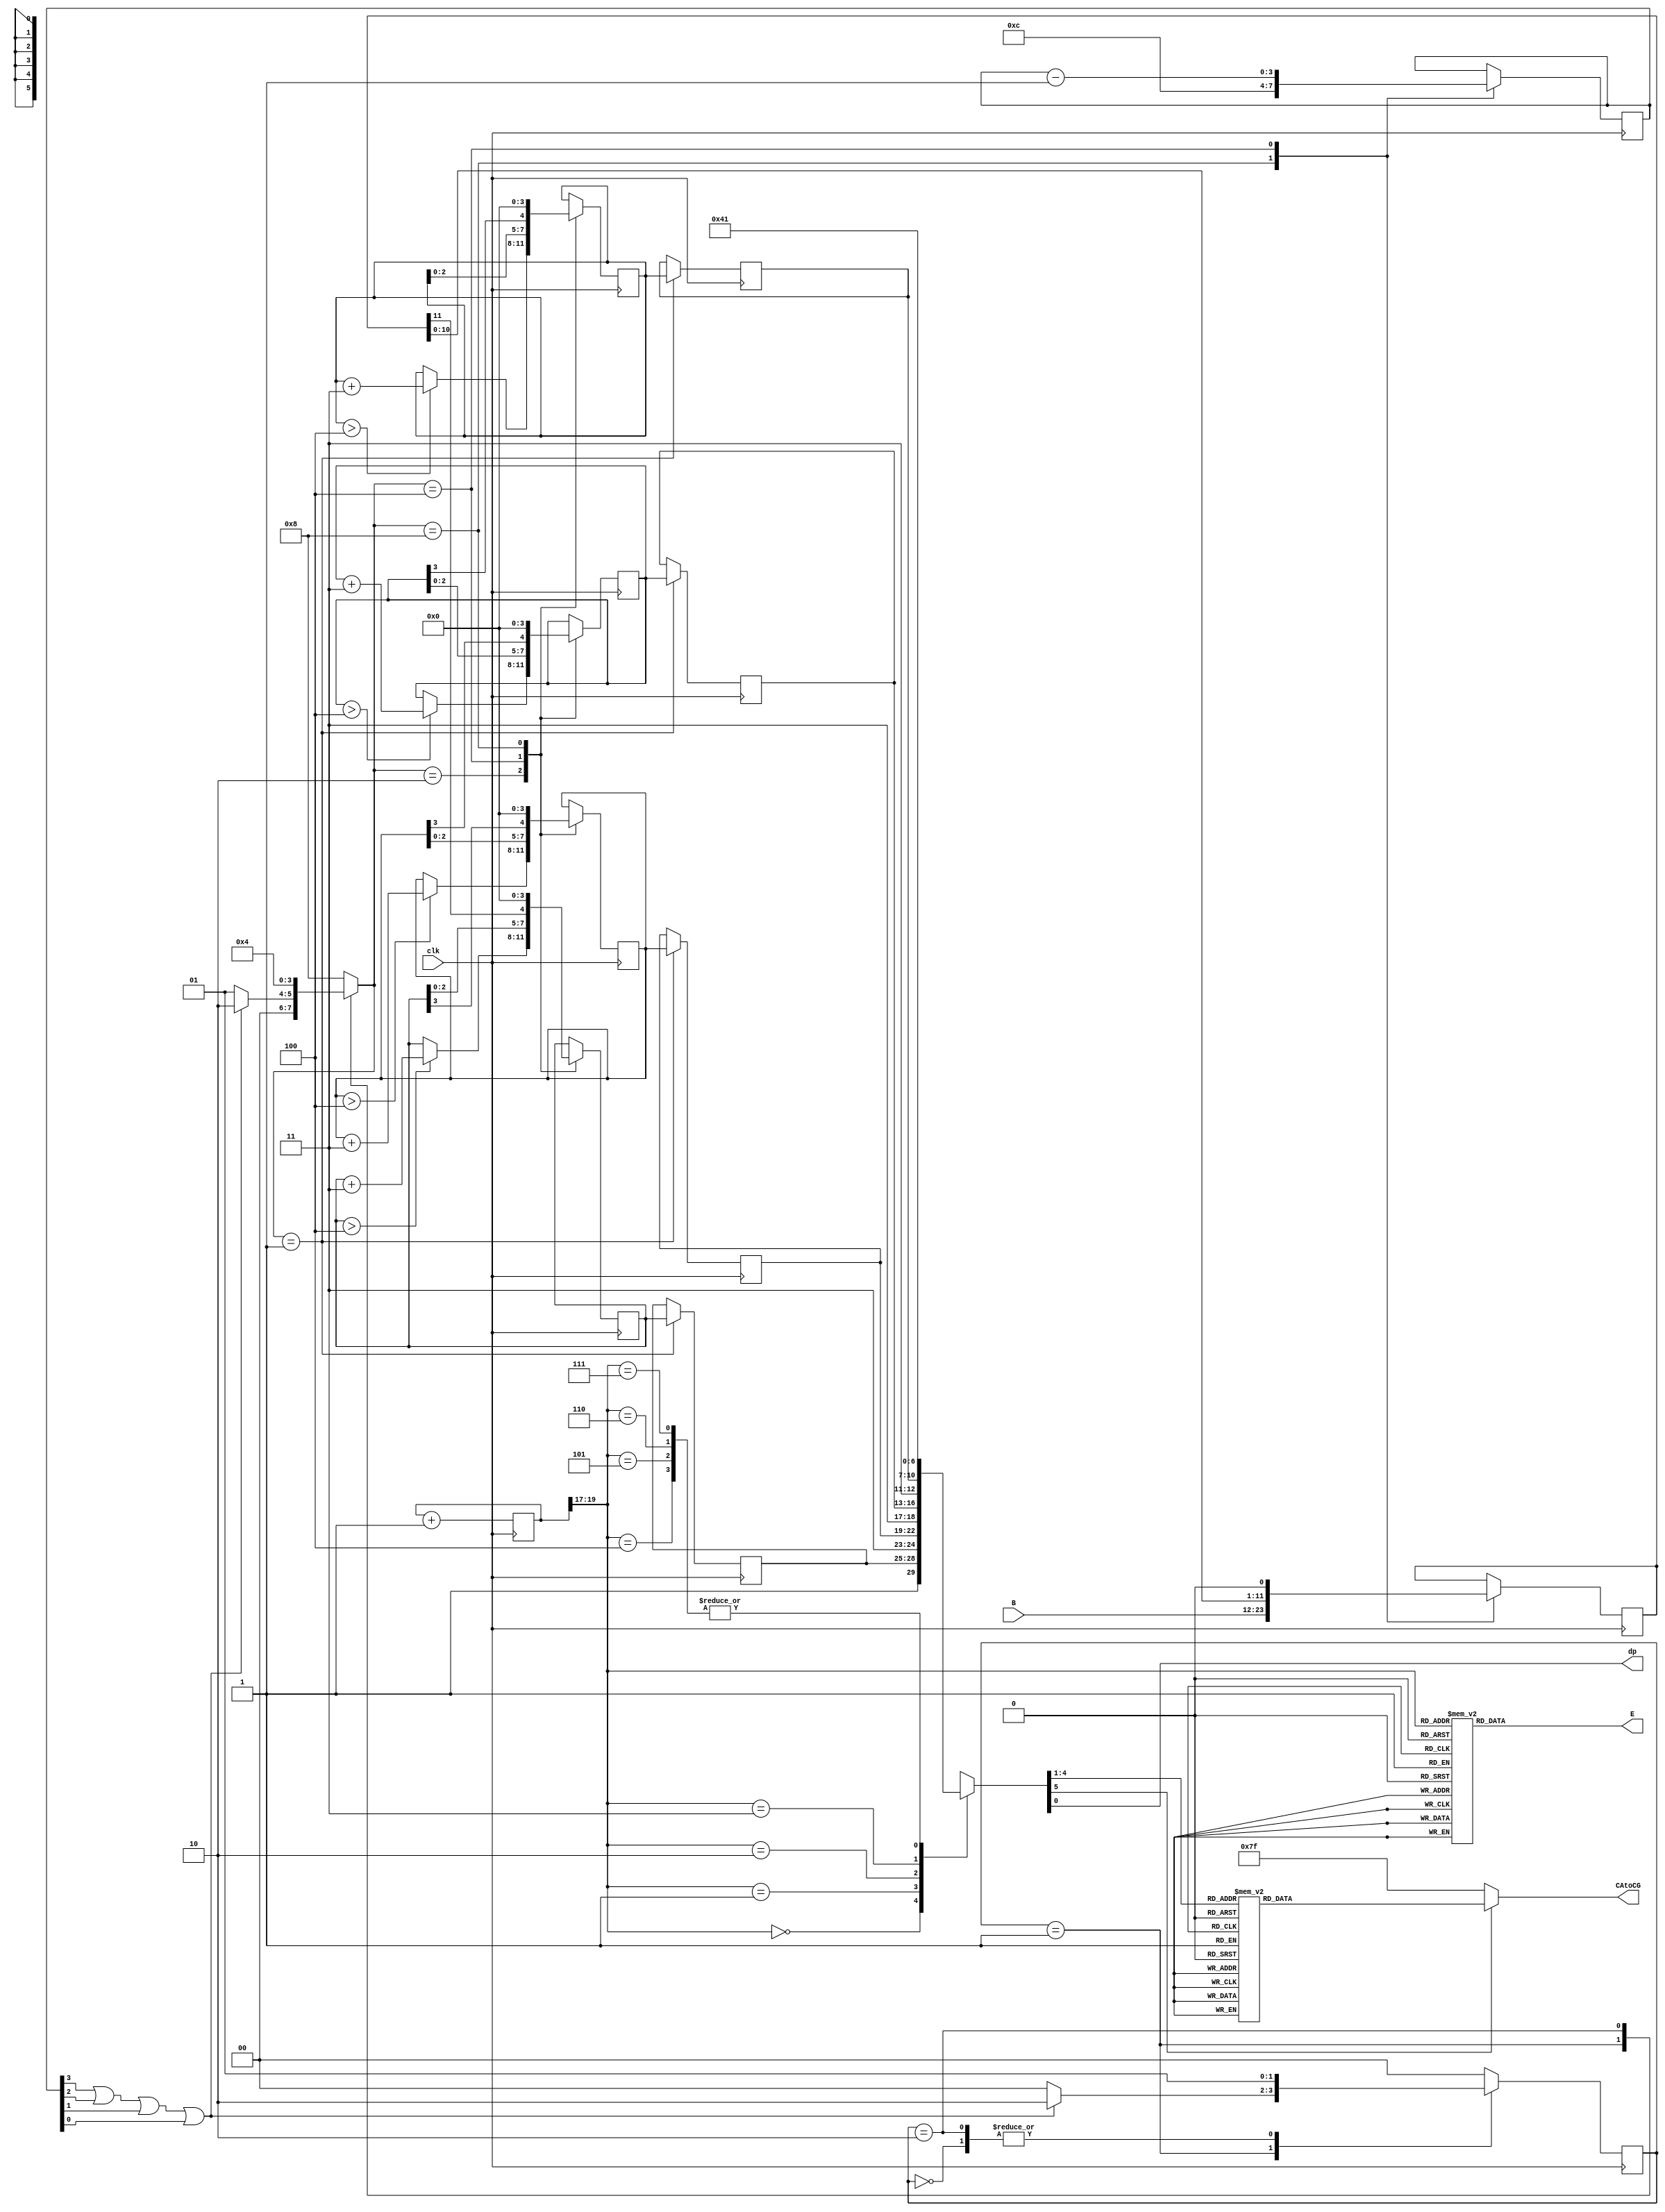
`timescale 1ns / 1ps
//////////////////////////////////////////////////////////////////////////////////
// Company: CPP
//////////////////////////////////////////////////////////////////////////////////
module B2BCD(clk,B,E,CAtoCG,dp);
input clk;
input [11:0] B;
output reg [6:0] CAtoCG;
output reg [7:0] E;
output dp;

reg [3:0] cnt;
reg [1:0] s;
reg [11:0] R;
reg [3:0]c;
reg [3:0] BCD3,BCD2,BCD1,BCD0;
reg [3:0] D3,D2,D1,D0;
wire z;
localparam [3:0] I = 12;
localparam[1:0]s0 =2'b00, s1 = 2'b01, s2 = 2'b10;

//initialize registers before simulation
initial s = s0; 
initial cnt = 0;
initial R = 0;
initial D0 = 0; initial D1 = 0; initial D2 = 0; initial D3 = 0;
initial BCD3 = 0; initial BCD2 = 0; initial BCD1 = 0; initial BCD0 = 0;


//IFL/FFs
always @(posedge clk)
case (s)
    0: s <= 1;
    1: if(!z) s <= 2; else s <= 0;
    2: s <= 1; 
    2: s <= 1; 
    2: s <= 1; 
    default: s <= 0;
endcase

//ofl Statemachine
always @(*)
case (s)
    0: c = 4'b1000;
    1: if(z) c = 4'b0001; else c = 4'b0010;
    2: c = 4'b0100;
    default: c = 4'b1000;
endcase

//4-bit counter
always @(posedge clk)
case (c)
    8: cnt <= I;
    4: cnt <= cnt - 1;
    default: cnt <= cnt;
endcase

//Nor for z
assign z = ~(cnt[3] | cnt[2] | cnt [1] | cnt[0]);

//Register
always @(posedge clk)
case (c)
    4'b1000: R <= B;
    4'b0100: R <= {R[10:0], 1'b0};
    default: R <= R;
endcase

//BCD0
always @(posedge clk)
case (c)
    4'b0001: BCD0 <= D0;
    4'b0010: if(D0 > 4'b0100) D0 <= D0 + 4'b0011; else D0 <= D0;
    4'b0100: D0 <= {D0[2:0],R[11]};
    4'b1000: D0 <= 4'b0000;
    default: D0 <= D0;
endcase

//BCD1
always @(posedge clk)
case (c)
    4'b0001: BCD1 <= D1;
    4'b0010: if(D1 > 4'b0100) D1 <= D1 + 4'b0011; else D1 <= D1;
    4'b0100: D1 <= {D1[2:0],D0[3]};
    4'b1000: D1 <= 4'b0000;
    default: D1 <= D1;
endcase

//BCD2
always @(posedge clk)
case (c)
    4'b0001: BCD2 <= D2;
    4'b0010: if(D2 > 4'b0100) D2 <= D2 + 4'b0011; else D2 <= D2;
    4'b0100: D2 <= {D2[2:0],D1[3]};
    4'b1000: D2 <= 4'b0000;
    default: D2 <= D2;
endcase

//BCD3
always @(posedge clk)
case (c)
    4'b0001: BCD3 <= D3;
    4'b0010: if(D3 > 4'b0100) D3 <= D3 + 4'b0011; else D3 <= D3;
    4'b0100: D3 <= {D3[2:0],D2[3]};
    4'b1000: D3 <= 4'b0000;
    default: D3 <= D3;
endcase

assign BCD = {BCD3,BCD2,BCD1,BCD0};

reg [19:0] cntr=0;
reg [5:0] dout;

always@ (posedge clk)
    cntr <= cntr + 1;
always@ (cntr[19:17])
begin
    case(cntr[19:17])
        0: E <= 8'b11111110;
        1: E <= 8'b11111101;
        2: E <= 8'b11111011;
        3: E <= 8'b11110111;
        4: E <= 8'b11101111;
        5: E <= 8'b11011111;
        6: E <= 8'b10111111;
        7: E <= 8'b01111111;
  default: E <= 8'b11111111;
  endcase
end
always@ (*)
//Mux
begin
    case(cntr[19:17])
        0: dout <= {1'b1,BCD0[3:0],1'b1};
        1: dout <= {1'b1,BCD1[3:0],1'b1};
        2: dout <= {1'b1,BCD2[3:0],1'b1};
        3: dout <= {1'b1,BCD3[3:0],1'b1};
        4: dout <= {1'b0,4'd0,1'b1};
        5: dout <= {1'b0,4'd0,1'b1};
        6: dout <= {1'b0,4'd0,1'b1};
        7: dout <= {1'b0,4'd0,1'b1};
        default: dout <= 6'b111111;
      endcase
 end
 assign dp = dout[0];
 always@(dout)
 begin
    if(dout[5])
        case(dout[4:1])
            0: CAtoCG <= 7'b0000001;
            1: CAtoCG <= 7'b1001111;
            2: CAtoCG <= 7'b0010010;
            3: CAtoCG <= 7'b0000110;
            4: CAtoCG <= 7'b1001100;
            5: CAtoCG <= 7'b0100100;
            6: CAtoCG <= 7'b0100000;
            7: CAtoCG <= 7'b0001111;
            8: CAtoCG <= 7'b0000000;
            9: CAtoCG <= 7'b0000100;
            10:CAtoCG <= 7'b0001000; 
            11:CAtoCG <= 7'b1100000;
            12:CAtoCG <= 7'b0110001;
            13:CAtoCG <= 7'b1000010;
            14:CAtoCG <= 7'b0110000;
            15:CAtoCG <= 7'b0111000;
        endcase
else
         CAtoCG <= 7'b1111111;   
end
endmodule